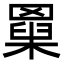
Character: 𦌆